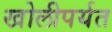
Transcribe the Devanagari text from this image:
खोलीपर्यत